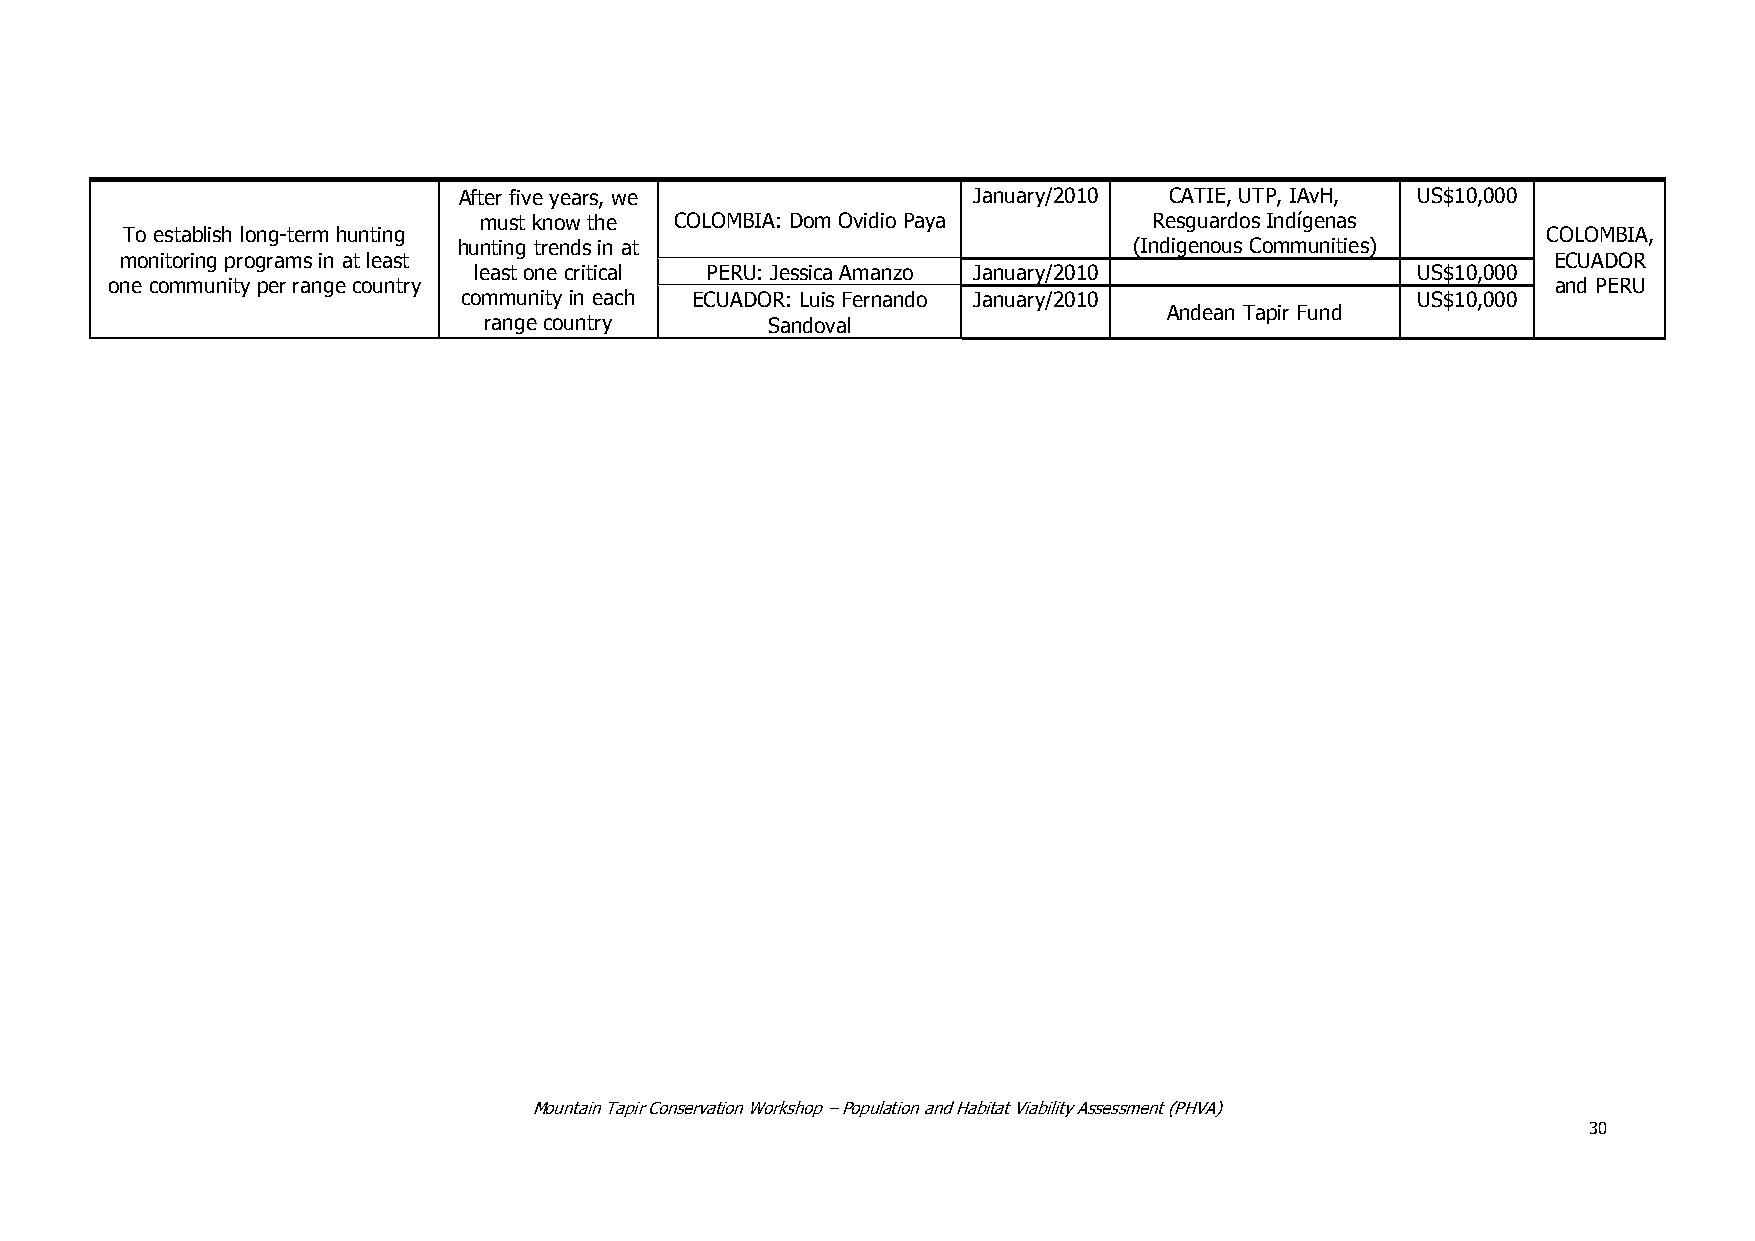
After five years, we              January/2010 CATIE, UTP, IAvH, US$10,000
 must know the COLOMBIA: Dom Ovidio Paya     Resguardos Indígenas
 To establish long-term hunting                                                                COLOMBIA,
 hunting trends in at                         (Indigenous Communities)
 monitoring programs in at least                                                                ECUADOR
 least one critical PERU: Jessica Amanzo January/2010           US$10,000
 one community per range country                                                                 and PERU
 community in each ECUADOR: Luis Fernando January/2010          US$10,000
 Andean Tapir Fund
 range country      Sandoval
 Mountain Tapir Conservation Workshop – Population and Habitat Viability Assessment (PHVA)
 30